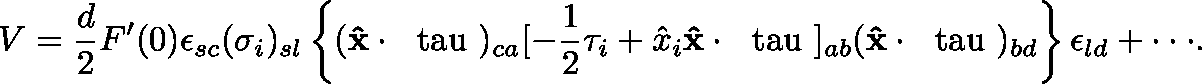
V = { \frac { d } { 2 } } F ^ { \prime } ( 0 ) \epsilon _ { s c } ( \sigma _ { i } ) _ { s { l } } \left\{ ( { \bf \hat { x } } \cdot { \mathrm { \boldmath ~ \ t a u ~ } } ) _ { c a } [ - { \frac { 1 } { 2 } } \tau _ { i } + \hat { x } _ { i } { \bf \hat { x } } \cdot { \mathrm { \boldmath ~ \ t a u ~ } } ] _ { a b } ( { \bf \hat { x } } \cdot { \mathrm { \boldmath ~ \ t a u ~ } } ) _ { b d } \right\} \epsilon _ { { l } d } + \cdot \cdot \cdot .